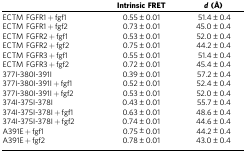
|  | Intrinsic FRET | d(Å) |
 | --- | --- | --- |
 | ECTM FGFR1+fgf1 | 0.55±0.01 | 51.4±0.4 |
 | ECTM FGFR1+fgf2 | 0.73±0.01 | 45.0±0.4 |
 | ECTM FGFR2+fgf1 | 0.53±0.01 | 52.0±0.4 |
 | ECTM FGFR2+fgf2 | 0.75±0.01 | 44.2±0.4 |
 | ECTM FGFR3+fgf1 | 0.55±0.01 | 51.4±0.4 |
 | ECTM FGFR3+fgf2 | 0.72±0.01 | 45.4±0.4 |
 | 377I-380I-391I | 0.39±0.01 | 57.2±0.4 |
 | 377I-380I-391I+fgf1 | 0.52±0.01 | 52.4±0.4 |
 | 377I-380I-391I+fgf2 | 0.53±0.01 | 52.0±0.4 |
 | 374I-375I-378I | 0.43±0.01 | 55.7±0.4 |
 | 374I-375I-378I+fgf1 | 0.63±0.01 | 48.6±0.4 |
 | 374I-375I-378I+fgf2 | 0.74±0.01 | 44.6±0.4 |
 | A391E+fgf1 | 0.75±0.01 | 44.2±0.4 |
 | A391E+fgf2 | 0.78±0.01 | 43.0±0.4 |